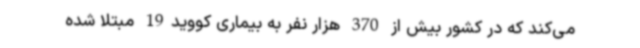
می‌کند که در کشور بیش از 370 هزار نفر به بیماری کووید19 مبتلا شده